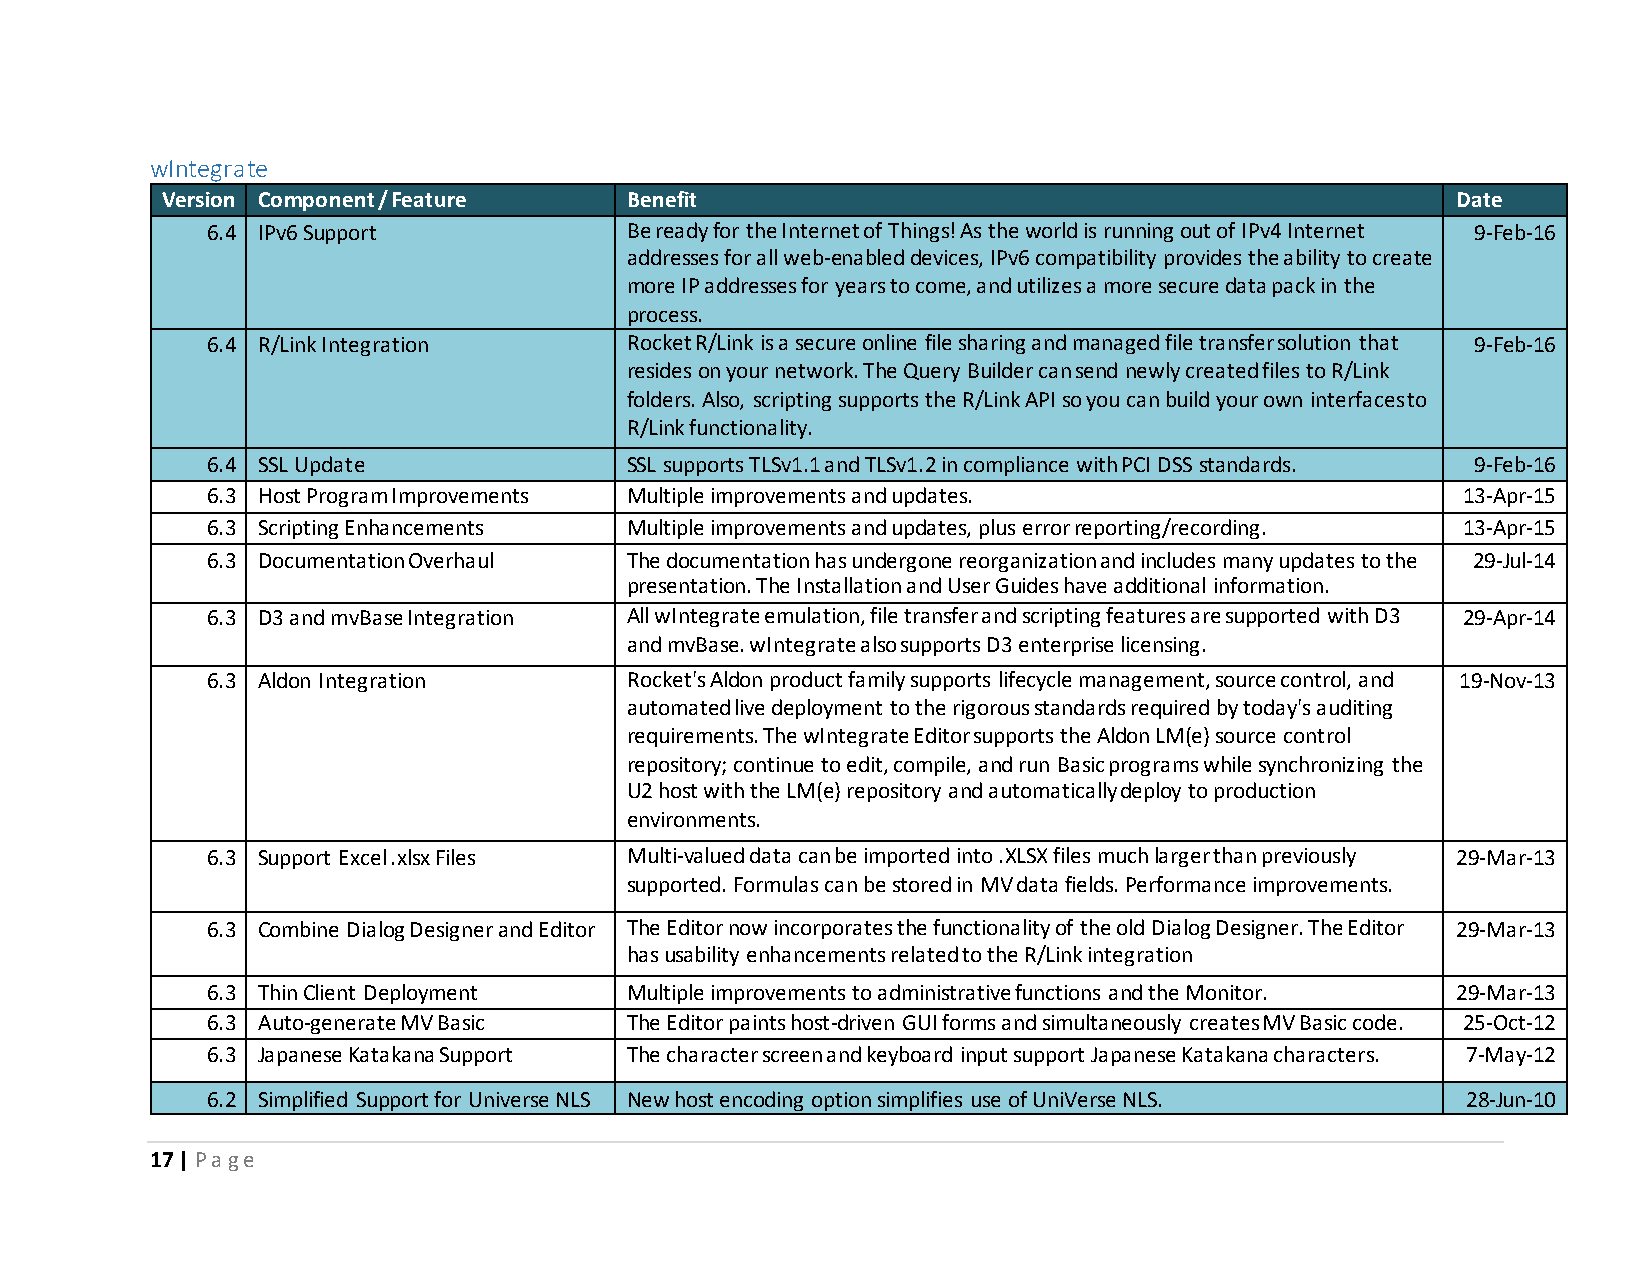
wIntegrate
 Version Component / Feature   Benefit                                                Date
 6.4 IPv6 Support           Be ready for the Internet of Things! As the world is running out of IPv4 Internet 9-Feb-16
 addresses for all web-enabled devices, IPv6 compatibility provides the ability to create
 more IP addresses for years to come, and utilizes a more secure data pack in the
 process.
 6.4 R/Link Integration     Rocket R/Link is a secure online file sharing and managed file transfer solution that 9-Feb-16
 resides on your network. The Query Builder can send newly created files to R/Link
 folders. Also, scripting supports the R/Link API so you can build your own interfaces to
 R/Link functionality.
 6.4 SSL Update             SSL supports TLSv1.1 and TLSv1.2 in compliance with PCI DSS standards. 9-Feb-16
 6.3 Host Program Improvements Multiple improvements and updates.                   13-Apr-15
 6.3 Scripting Enhancements Multiple improvements and updates, plus error reporting/recording. 13-Apr-15
 6.3 Documentation Overhaul The documentation has undergone reorganization and includes many updates to the 29-Jul-14
 presentation. The Installation and User Guides have additional information.
 6.3 D3 and mvBase Integration All wIntegrate emulation, file transfer and scripting features are supported with D3 29-Apr-14
 and mvBase. wIntegrate also supports D3 enterprise licensing.
 6.3 Aldon Integration      Rocket's Aldon product family supports lifecycle management, source control, and 19-Nov-13
 automated live deployment to the rigorous standards required by today's auditing
 requirements. The wIntegrate Editor supports the Aldon LM(e) source control
 repository; continue to edit, compile, and run Basic programs while synchronizing the
 U2 host with the LM(e) repository and automatically deploy to production
 environments.
 6.3 Support Excel .xlsx Files Multi-valued data can be imported into .XLSX files much larger than previously 29-Mar-13
 supported. Formulas can be stored in MV data fields. Performance improvements.
 6.3 Combine Dialog Designer and Editor The Editor now incorporates the functionality of the old Dialog Designer. The Editor 29-Mar-13
 has usability enhancements related to the R/Link integration
 6.3 Thin Client Deployment Multiple improvements to administrative functions and the Monitor. 29-Mar-13
 6.3 Auto-generate MV Basic The Editor paints host-driven GUI forms and simultaneously creates MV Basic code. 25-Oct-12
 6.3 Japanese Katakana Support The character screen and keyboard input support Japanese Katakana characters. 7-May-12
 6.2 Simplified Support for Universe NLS New host encoding option simplifies use of UniVerse NLS. 28-Jun-10
 17 | P a g e